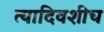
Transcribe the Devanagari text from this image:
त्यादिवशीच